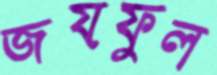
জয়ফুল